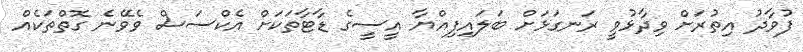
ފުވާދު އިތުރަށް ވިދާޅުވީ ރަނގަޅަށް ބަލައިފިއްޔާ އީސީގެ ޑާޓާތަކަށް އެކްސަސް ވެވޭނެ ގޮތްތަކެއް